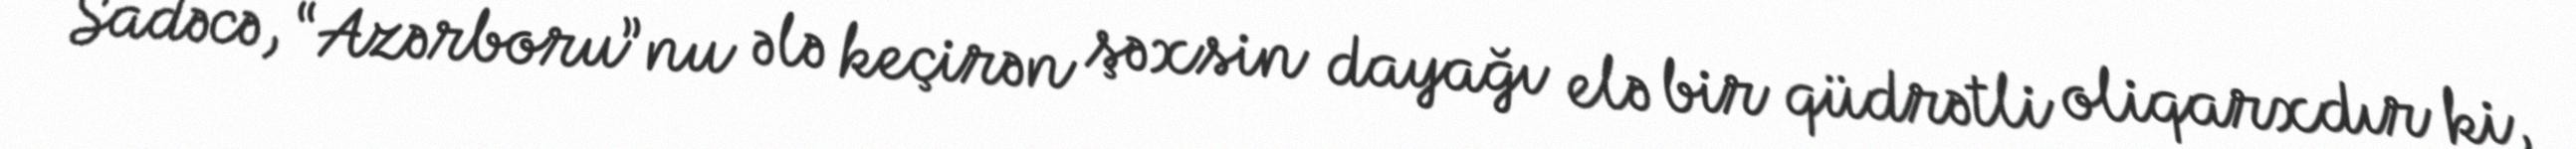
Sadəcə, “Azərboru”nu ələ keçirən şəxsin dayağı elə bir qüdrətli oliqarxdır ki,